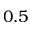
0 . 5